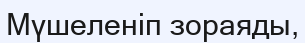
Мүшеленіп зораяды,